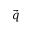
\vec { q }